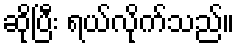
ဆိုပြီး ရယ်လိုက်သည်။